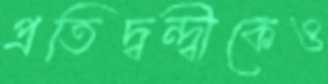
প্রতিদ্বন্দ্বীকেও